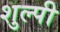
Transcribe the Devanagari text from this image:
शुल्पी